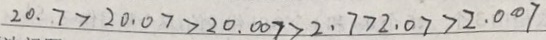
2 0 . 7 > 2 0 . 0 7 > 2 0 . 0 0 7 > 2 . 7 > 2 . 0 7 > 2 . 0 0 7